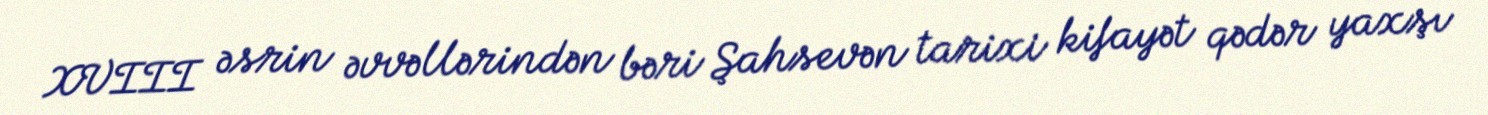
XVIII əsrin əvvəllərindən bəri Şahsevən tarixi kifayət qədər yaxşı